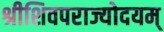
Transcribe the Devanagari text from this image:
श्रीशिवपराज्योदयम्